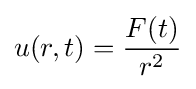
u(r,t)={\frac {F(t)}{r^{2}}}